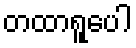
တထာရူပေါ